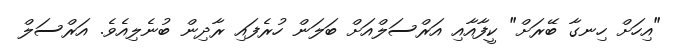
"އިހަށް ހިނގާ ބޭރަށް" ކީފާއާއި އަރްސަލްއަށް ބަލަން ހުރެފައި ރާދިން ބުނެލިއެވެ. އަރްސަލް